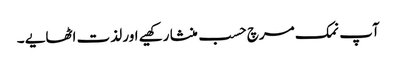
آپ نمک مرچ حسب منشا رکھیے اور لذت اٹھایے ۔